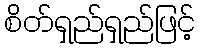
စိတ်ရှည်ရှည်ဖြင့်